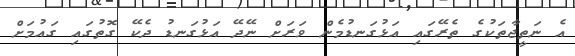
އެ ނަތީޖާތަކުގެ ތެރޭގައި އަޅުގަނޑުމެން ވަރަށް ނޭދޭ އަޅުގަނޑު ދެކޭ ގޮތުގައި ގައުމަށް